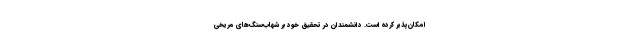
امکان‌پذیر کرده است. دانشمندان در تحقیق خود بر شهاب‌سنگ‌های مریخی